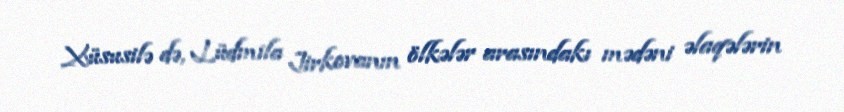
Xüsusilə də, Lüdmila Jirkovanın ölkələr arasındakı mədəni əlaqələrin